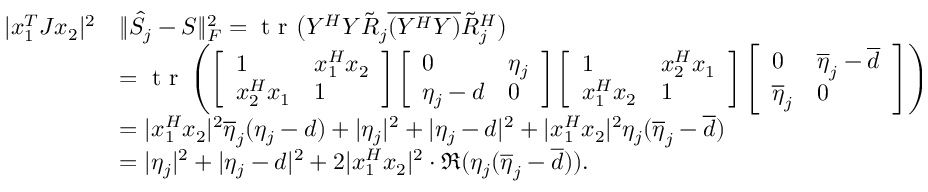
\begin{array} { r l } { | x _ { 1 } ^ { T } J x _ { 2 } | ^ { 2 } } & { \Vert \hat { S } _ { j } - S \Vert _ { F } ^ { 2 } = \textnormal { t r } \big ( Y ^ { H } Y \tilde { R } _ { j } \overline { { ( Y ^ { H } Y ) } } \tilde { R } _ { j } ^ { H } \big ) } \\ { \quad } & { = \textnormal { t r } \left( \left[ \begin{array} { l l } { 1 } & { x _ { 1 } ^ { H } x _ { 2 } } \\ { x _ { 2 } ^ { H } x _ { 1 } } & { 1 } \end{array} \right] \left[ \begin{array} { l l } { 0 } & { \eta _ { j } } \\ { \eta _ { j } - d } & { 0 } \end{array} \right] \left[ \begin{array} { l l } { 1 } & { x _ { 2 } ^ { H } x _ { 1 } } \\ { x _ { 1 } ^ { H } x _ { 2 } } & { 1 } \end{array} \right] \left[ \begin{array} { l l } { 0 } & { \overline { { \eta } } _ { j } - \overline { { d } } } \\ { \overline { { \eta } } _ { j } } & { 0 } \end{array} \right] \right) } \\ & { = | x _ { 1 } ^ { H } x _ { 2 } | ^ { 2 } \overline { { \eta } } _ { j } ( \eta _ { j } - d ) + | \eta _ { j } | ^ { 2 } + | \eta _ { j } - d | ^ { 2 } + | x _ { 1 } ^ { H } x _ { 2 } | ^ { 2 } \eta _ { j } ( \overline { { \eta } } _ { j } - \overline { { d } } ) } \\ & { = | \eta _ { j } | ^ { 2 } + | \eta _ { j } - d | ^ { 2 } + 2 | x _ { 1 } ^ { H } x _ { 2 } | ^ { 2 } \cdot \mathfrak { R } ( \eta _ { j } ( \overline { { \eta } } _ { j } - \overline { { d } } ) ) . } \end{array}